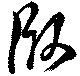
臥